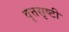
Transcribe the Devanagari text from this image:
वृत्तसृष्टी